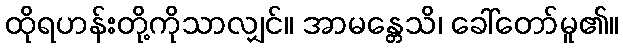
ထိုရဟန်းတို့ကိုသာလျှင်။ အာမန္တေသိ၊ ခေါ်တော်မူ၏။